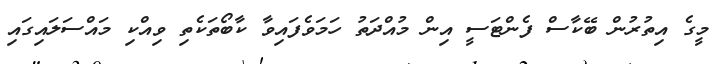
މީގެ އިތުރުން ބޭކާސް ފެންޓަސީ އިން މުއްދަތު ހަމަވެފައިވާ ކާބޯތަކެތި ވިއްކި މައްސަލައިގައި